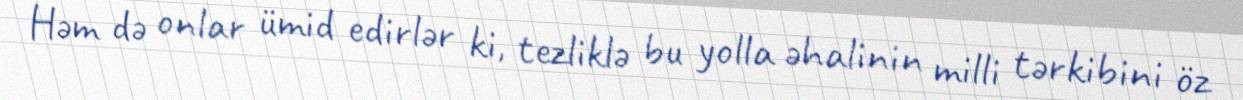
Həm də onlar ümid edirlər ki, tezliklə bu yolla əhalinin milli tərkibini öz